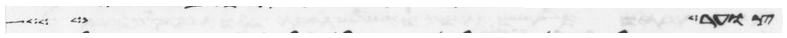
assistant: צוער ועל